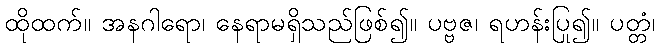
ထိုထက်။ အနဂါရော၊ နေရာမရှိသည်ဖြစ်၍။ ပဗ္ဗဇ၊ ရဟန်းပြု၍။ ပတ္တံ၊